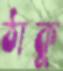
ঠাকু